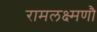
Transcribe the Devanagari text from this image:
रामलक्ष्मणौ